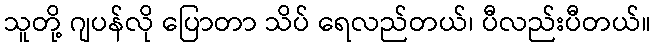
သူတို့ ဂျပန်လို ပြောတာ သိပ် ရေလည်တယ်၊ ပီလည်းပီတယ်။